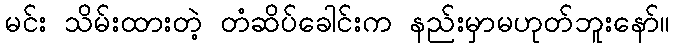
မင်း သိမ်းထားတဲ့ တံဆိပ်ခေါင်းက နည်းမှာမဟုတ်ဘူးနော်။